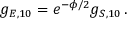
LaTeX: g _ { E , 1 0 } = e ^ { - \phi / 2 } g _ { S , 1 0 } \, .